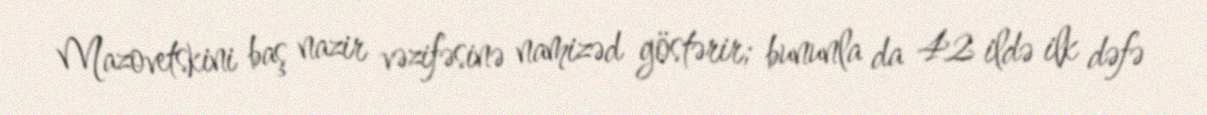
Mazovetskini baş nazir vəzifəsinə namizəd göstərir; bununla da 42 ildə ilk dəfə